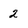
Character: 2